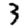
Digit: 3